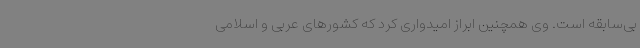
بی‌سابقه است. وی همچنین ابراز امیدواری کرد که کشورهای عربی و اسلامی